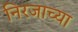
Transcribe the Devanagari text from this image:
निरजाच्या